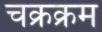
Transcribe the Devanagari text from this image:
चक्रक्रम